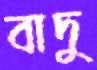
বাদু